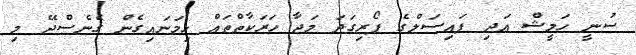
ސުނީ ހަމީޝް އަދި ފައިސަލްގެ ފޯރިގަދަ މަޖާ ހަރަކާތްތައް ހިމަނައިގެން ގެނެސްދޭ މި